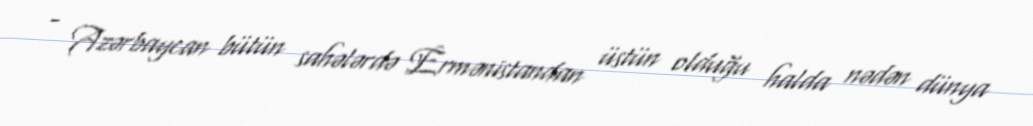
- Azərbaycan bütün sahələrdə Ermənistandan üstün olduğu halda nədən dünya